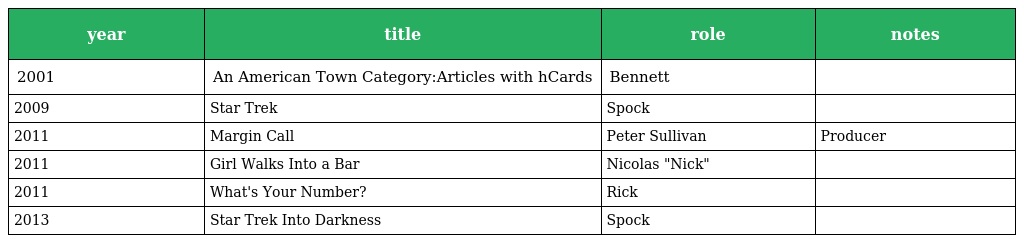
| year | title | role | notes |
 | --- | --- | --- | --- |
 | 2001 | An American Town Category:Articles with hCards | Bennett |  |
 | 2009 | Star Trek | Spock |  |
 | 2011 | Margin Call | Peter Sullivan | Producer |
 | 2011 | Girl Walks Into a Bar | Nicolas "Nick" |  |
 | 2011 | What's Your Number? | Rick |  |
 | 2013 | Star Trek Into Darkness | Spock |  |